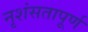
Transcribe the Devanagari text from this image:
नृशंसतापूर्ण